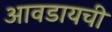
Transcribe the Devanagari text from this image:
आवडायची